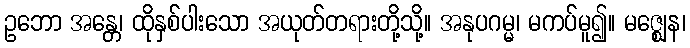
ဥဘော အန္တေ၊ ထိုနှစ်ပါးသော အယုတ်တရားတို့သို့။ အနုပဂမ္မ၊ မကပ်မူ၍။ မဇ္ဈေန၊